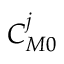
C _ { M 0 } ^ { j }